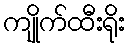
ကျိုက်ထီးရိုး